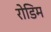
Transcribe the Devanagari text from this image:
रोडिम